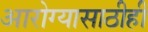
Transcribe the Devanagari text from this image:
आरोग्यासाठीही